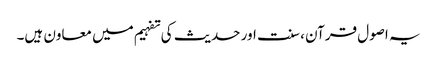
یہ اصول قرآن ، سنت اور حدیث کی تفہیم میں معاون ہیں۔